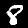
Label: 8